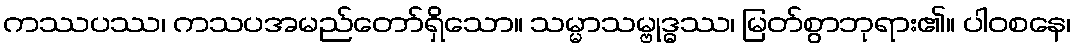
ကဿပဿ၊ ကသပအမည်တော်ရှိသော။ သမ္မာသမ္ဗုဒ္ဓဿ၊ မြတ်စွာဘုရား၏။ ပါဝစနေ၊